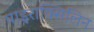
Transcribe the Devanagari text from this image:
पाइराक्सिलिन